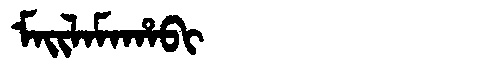
Manchu: ᠮᠠᡳᠯᠠᠮᠠᡥᠠᠪᡳ
Romanization: MAILAMAHABI